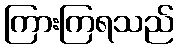
ကြားကြရသည်